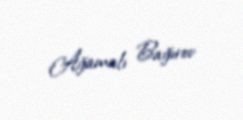
Ağamalı Bağırov